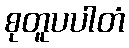
စုတူပပါတံ